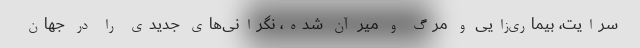
سرایت، بیماری‌زایی و مرگ و میر آن شده، نگرانی‌های جدیدی را در جهان